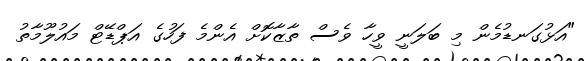
"އަޅުގަނޑުމެން މި ބަލަނީ ވީހާ ވެސް ތާޒާކޮށް އެންމެ ފަހުގެ އަޕްޑޭޓް މައުލޫމާތު